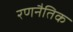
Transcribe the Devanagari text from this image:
रणनैतिक